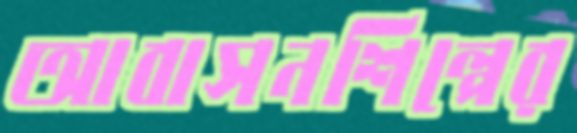
আবাসনশিল্পের